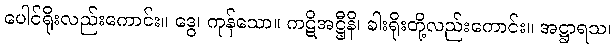
ပေါင်ရိုးလည်းကောင်း။ ဒွေ၊ ကုန်သော။ ကဋိအဋ္ဌီနိ၊ ခါးရိုးတို့လည်းကောင်း။ အဋ္ဌာရသ၊